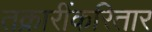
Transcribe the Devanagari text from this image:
तक्रारींकरितार